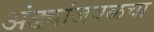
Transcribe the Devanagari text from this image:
अंड्यांजवळचा